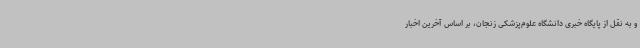
و به نقل از پایگاه خبری دانشگاه علوم‌پزشکی زنجان، بر اساس آخرین اخبار